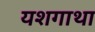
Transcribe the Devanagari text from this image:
यशगाथा